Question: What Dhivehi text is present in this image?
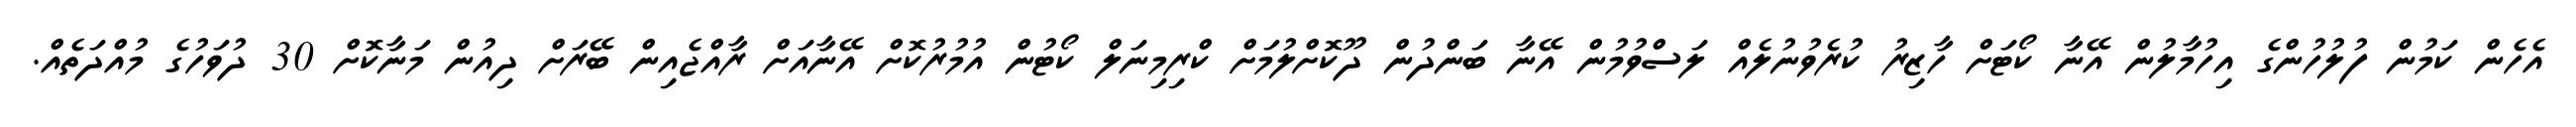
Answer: އެހެން ކަމުން ފުލުހުންގެ އިހުމާލުން އޭނާ ކޯޓަށް ހާޒިރު ކުރެވުނުލެއް ލަސްވުމުން އޭނާ ބަންދުން ދޫކޮށްލުމަށް ކްރިމިނަލް ކޯޓުން އުމުރުކޮށް އޭނާއަށް ރާއްޖެއިން ބޭރަށް ދިއުން މަނާކޮށް 30 ދުވަހުގެ މުއްދަތެއް.